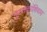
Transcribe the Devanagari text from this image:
पुस्तकांशिवाय